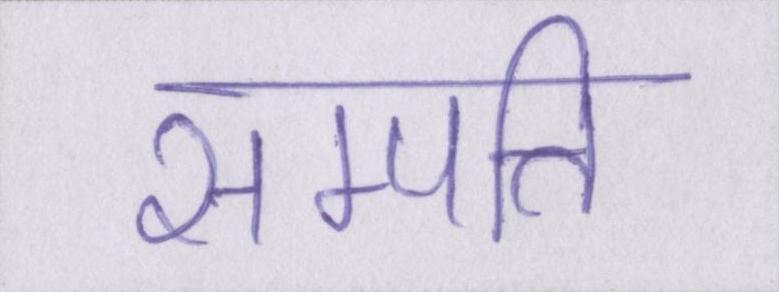
सम्पत्ति